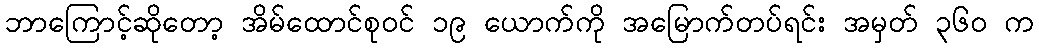
ဘာကြောင့်ဆိုတော့ အိမ်ထောင်စုဝင် ၁၉ ယောက်ကို အမြောက်တပ်ရင်း အမှတ် ၃၆၀ က